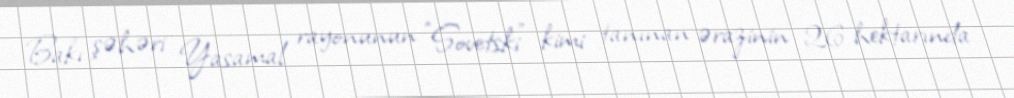
Bakı şəhəri Yasamal rayonunun "Sovetski" kimi tanınan ərazinin 26 hektarında